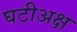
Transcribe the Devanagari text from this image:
घटीअक्ष